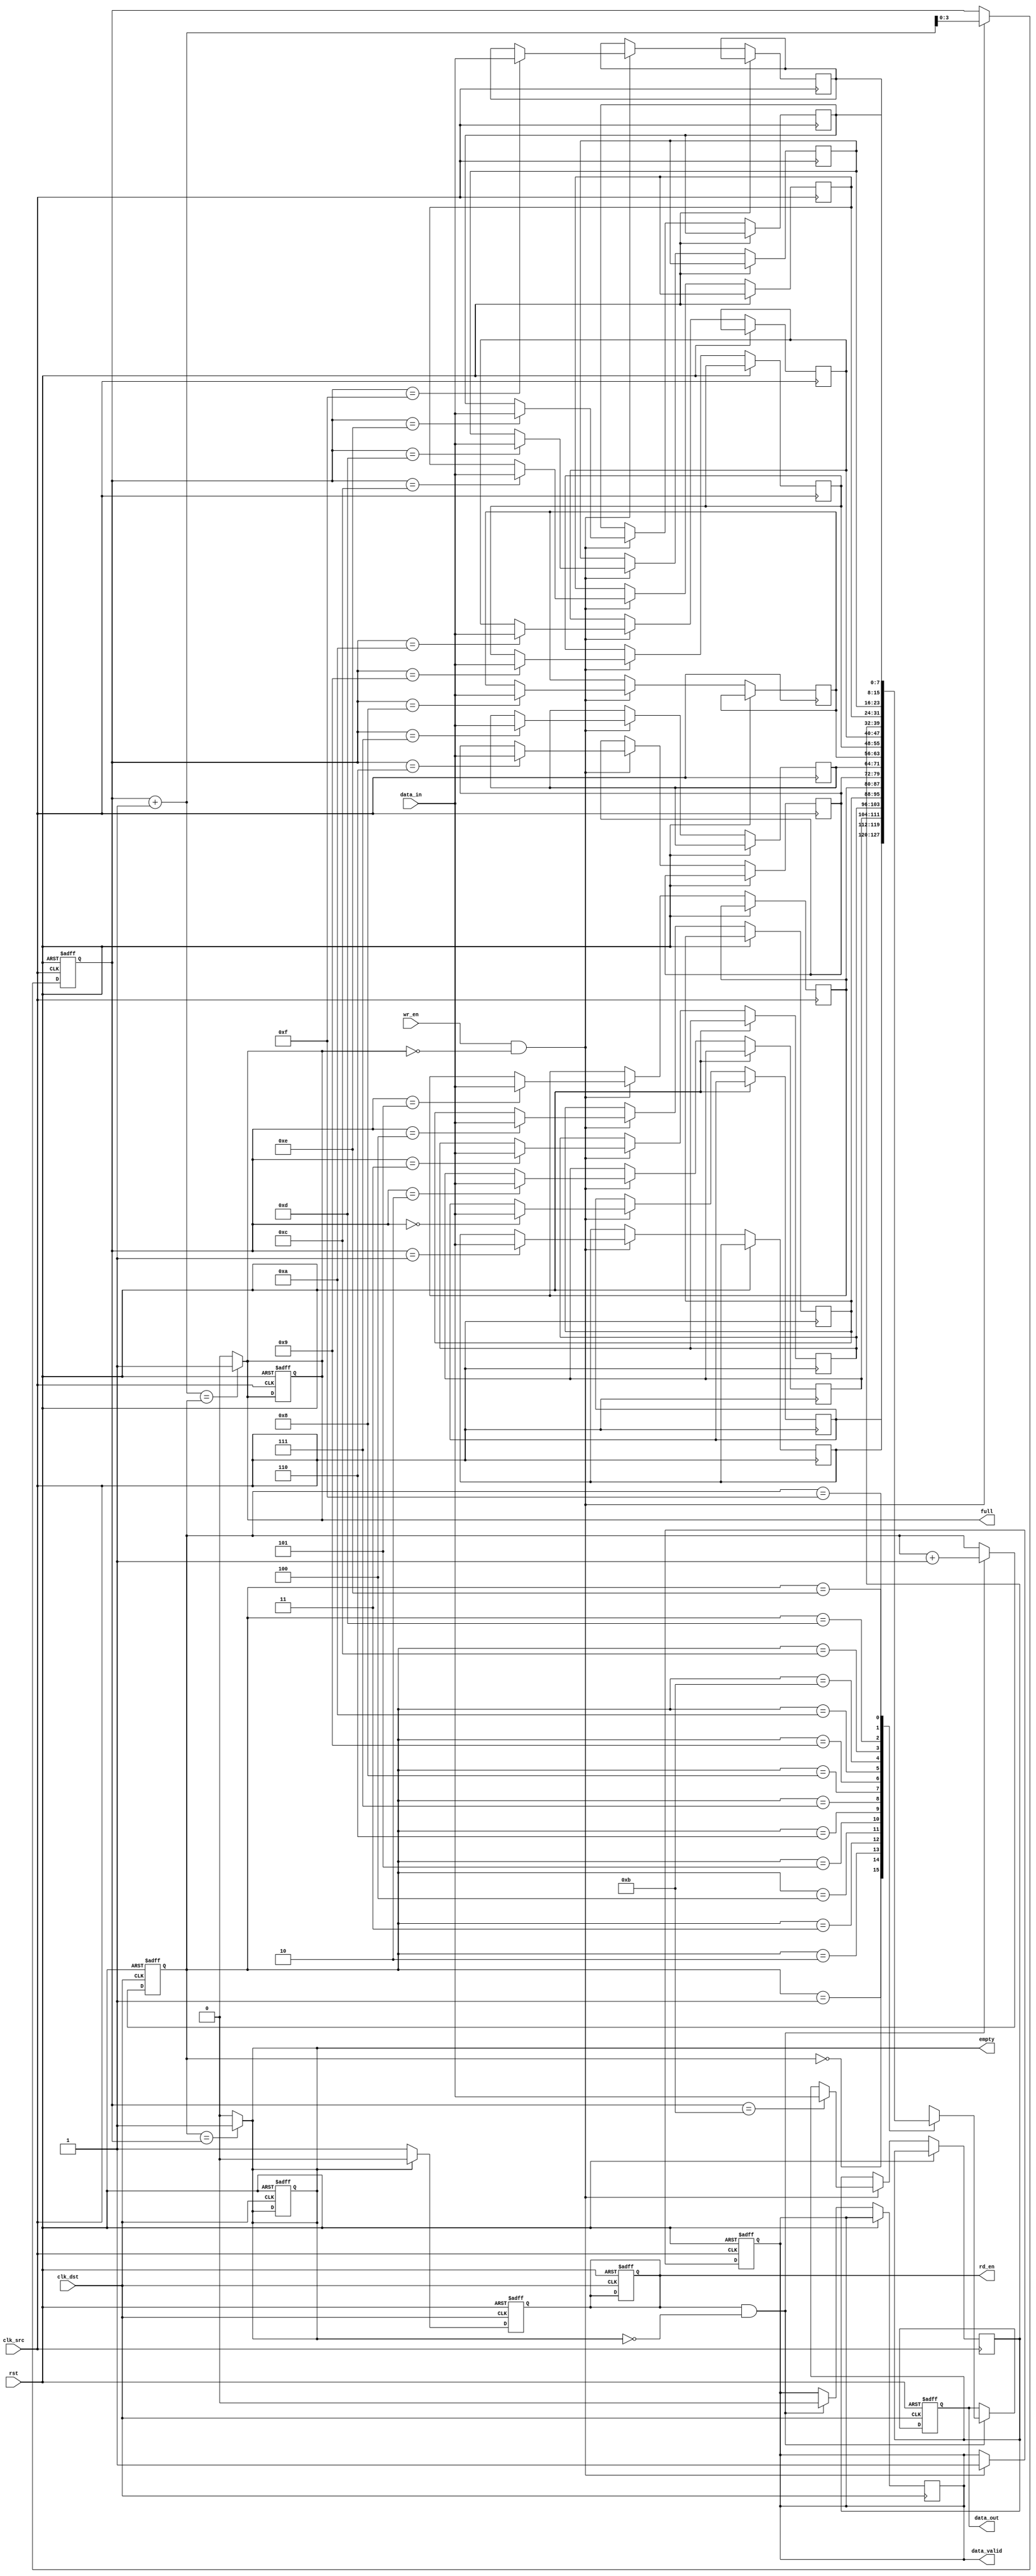
module fifo_synchronizer #(
    parameter DATA_WIDTH = 8,  // Width of the data
    parameter FIFO_DEPTH = 16   // Depth of the FIFO
)(
    input wire clk_src,         // Source clock
    input wire clk_dst,         // Destination clock
    input wire rst,             // Asynchronous reset
    input wire wr_en,           // Write enable signal
    input wire [DATA_WIDTH-1:0] data_in, // Data input
    output reg rd_en,           // Read enable signal
    output reg [DATA_WIDTH-1:0] data_out, // Data output
    output reg full,            // FIFO full flag
    output reg empty,           // FIFO empty flag
    output reg data_valid       // Data valid signal
);

    // FIFO memory
    reg [DATA_WIDTH-1:0] fifo_mem [0:FIFO_DEPTH-1];

    // Write and Read pointers
    reg [$clog2(FIFO_DEPTH)-1:0] w_ptr;
    reg [$clog2(FIFO_DEPTH)-1:0] r_ptr;

    // Write operation
    always @(posedge clk_src or posedge rst) begin
        if (rst) begin
            w_ptr <= 0;
            full <= 0;
            data_valid <= 0;
        end else if (wr_en && !full) begin
            fifo_mem[w_ptr] <= data_in; // Write data to FIFO
            w_ptr <= w_ptr + 1;         // Increment write pointer
            data_valid <= 1;            // Set data valid
        end
    end

    // Update full flag
    always @(*) begin
        if (w_ptr + 1 == r_ptr) begin
            full = 1; // FIFO is full
        end else begin
            full = 0; // FIFO is not full
        end
    end

    // Read operation
    always @(posedge clk_dst or posedge rst) begin
        if (rst) begin
            r_ptr <= 0;
            empty <= 1;
            rd_en <= 0;
            data_out <= 0;
        end else if (rd_en && !empty) begin
            data_out <= fifo_mem[r_ptr]; // Read data from FIFO
            r_ptr <= r_ptr + 1;          // Increment read pointer
            data_valid <= 0;             // Clear data valid
        end
    end

    // Update empty flag
    always @(*) begin
        if (r_ptr == w_ptr) begin
            empty = 1; // FIFO is empty
        end else begin
            empty = 0; // FIFO is not empty
        end
    end

    // Handshake signals
    always @(posedge clk_dst or posedge rst) begin
        if (rst) begin
            rd_en <= 0;
        end else if (!empty) begin
            rd_en <= 1; // Enable read if FIFO is not empty
        end else begin
            rd_en <= 0; // Disable read if FIFO is empty
        end
    end

endmodule